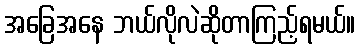
အခြေအနေ ဘယ်လိုလဲဆိုတာကြည့်ရမယ်။